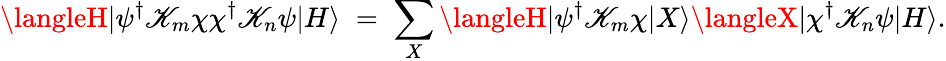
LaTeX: \langleH|\psi^{\dagger}{\cal\mathscr{K}}_{m}\chi\chi^{\dagger}{\cal\mathscr{K}}_{n}\psi|H\rangle\; =\; \sum_{X}\langleH|\psi^{\dagger}{\cal\mathscr{K}}_{m}\chi|X\rangle\langleX|\chi^{\dagger}{\cal\mathscr{K}}_{n}\psi|H\rangle.